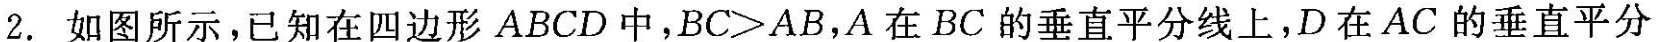
2.如图所示，已知在四边形ABCD中，BC>AB，A在BC的垂直平分